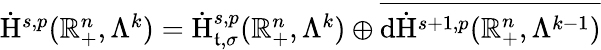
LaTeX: \begin{array}{r}{\dot{\mathrm{H}}^{s,p}(\mathbb{R}_{+}^{n},\Lambda^{k})=\dot{\mathrm{H}}_{\mathfrak{t},\sigma}^{s,p}(\mathbb{R}_{+}^{n},\Lambda^{k})\oplus\overline{{\mathrm{d}\dot{\mathrm{H}}^{s+1,p}(\mathbb{R}_{+}^{n},\Lambda^{k-1})}}}\end{array}